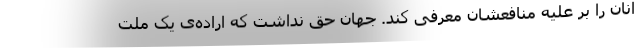
آنان را بر علیه منافعشان معرفی کند. جهان حق نداشت که اراده‌ی یک ملت